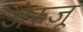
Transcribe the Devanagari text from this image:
जेरुजू